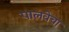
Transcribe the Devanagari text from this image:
पालवेचा